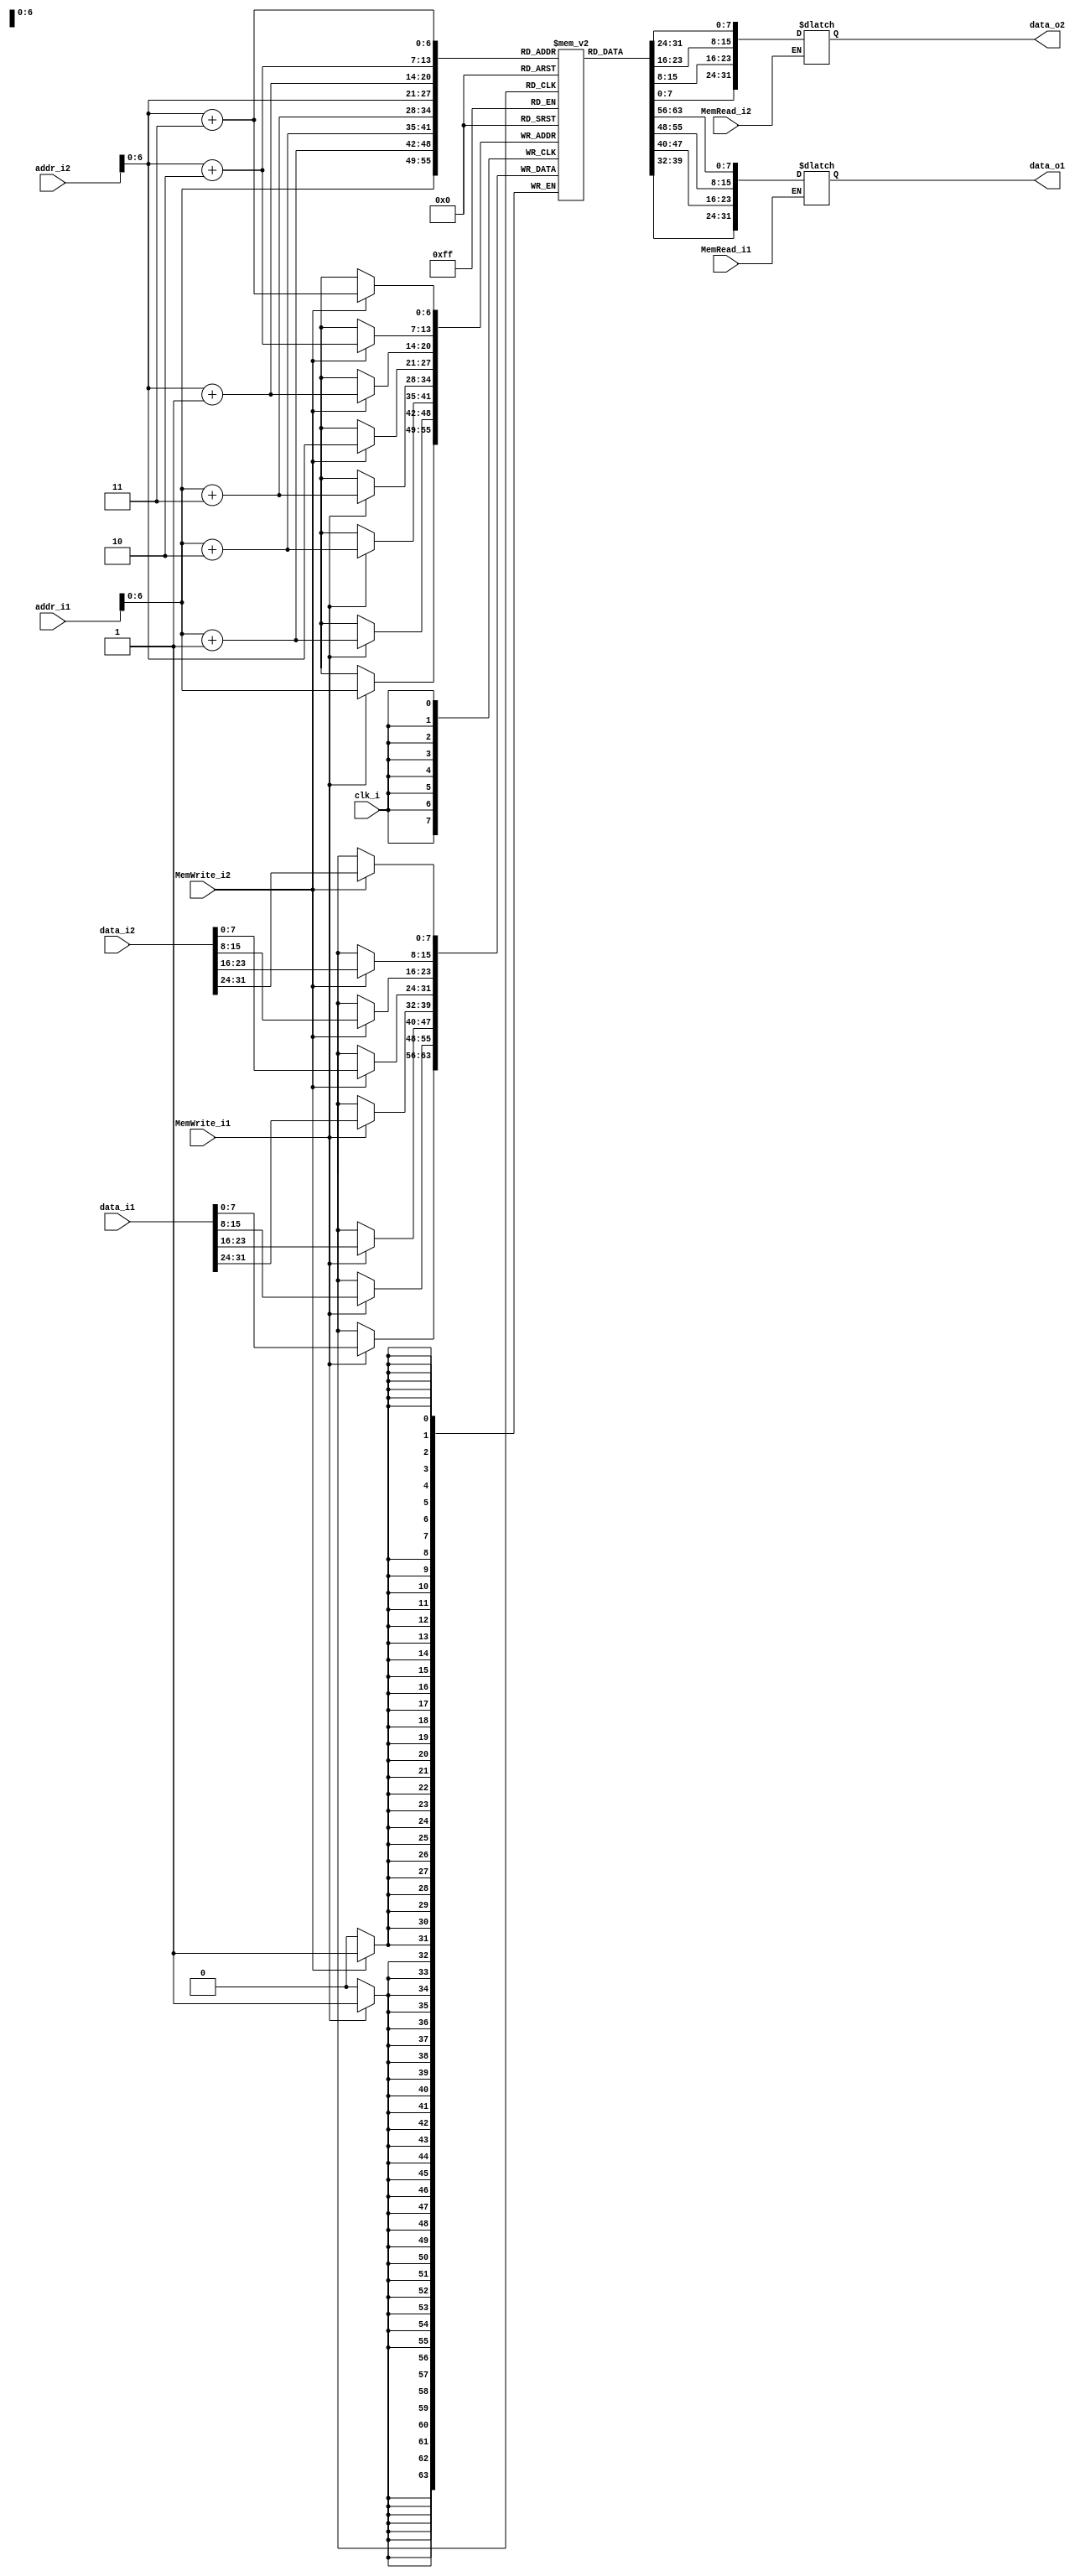
`timescale 1ns / 1ps
//////////////////////////////////////////////////////////////////////////////////
// Company: 
// Engineer: 
// 
// Design Name: 
// Module Name:    Data_Memory 
// Project Name: 
// Target Devices: 
// Tool versions: 
// Description: 
//
// Dependencies: 
//
// Revision: 
// Revision 0.01 - File Created
// Additional Comments: 
//
//////////////////////////////////////////////////////////////////////////////////
module Data_Memory
(
	clk_i,
	addr_i1,
	data_i1,
	MemRead_i1,
	MemWrite_i1,
	data_o1,
	addr_i2,
	data_i2,
	MemRead_i2,
	MemWrite_i2,
	data_o2
);

// Interface
input				clk_i;
input	[31:0]		addr_i1;
input	[31:0]		data_i1;
input				MemRead_i1;
input				MemWrite_i1;
output	[31:0] 		data_o1;
input	[31:0]		addr_i2;
input	[31:0]		data_i2;
input				MemRead_i2;
input				MemWrite_i2;
output	[31:0] 		data_o2;
// Signals
reg		[31:0]		data_o1;
reg		[31:0]		data_o2;
// Memory
reg		[7:0]		Mem 			[0:127];	// address: 0x00~0x80
integer				i;

// For Testbench to debug
wire	[31:0]		memory			[0:31];
assign  memory[0] = {Mem[3], Mem[2], Mem[1], Mem[0]};
assign  memory[1] = {Mem[7], Mem[6], Mem[5], Mem[4]};
assign  memory[2] = {Mem[11], Mem[10], Mem[9], Mem[8]};
assign  memory[3] = {Mem[15], Mem[14], Mem[13], Mem[12]};
assign  memory[4] = {Mem[19], Mem[18], Mem[17], Mem[16]};
assign  memory[5] = {Mem[23], Mem[22], Mem[21], Mem[20]};
assign  memory[6] = {Mem[27], Mem[26], Mem[25], Mem[24]};
assign  memory[7] = {Mem[31], Mem[30], Mem[29], Mem[28]};
assign  memory[8] = {Mem[35], Mem[34], Mem[33], Mem[32]};
assign  memory[9] = {Mem[39], Mem[38], Mem[37], Mem[36]};
assign  memory[10] = {Mem[43], Mem[42], Mem[41], Mem[40]};
assign  memory[11] = {Mem[47], Mem[46], Mem[45], Mem[44]};
assign  memory[12] = {Mem[51], Mem[50], Mem[49], Mem[48]};
assign  memory[13] = {Mem[55], Mem[54], Mem[53], Mem[52]};
assign  memory[14] = {Mem[59], Mem[58], Mem[57], Mem[56]};
assign  memory[15] = {Mem[63], Mem[62], Mem[61], Mem[60]};
assign  memory[16] = {Mem[67], Mem[66], Mem[65], Mem[64]};
assign  memory[17] = {Mem[71], Mem[70], Mem[69], Mem[68]};
assign  memory[18] = {Mem[75], Mem[74], Mem[73], Mem[72]};
assign  memory[19] = {Mem[79], Mem[78], Mem[77], Mem[76]};
assign  memory[20] = {Mem[83], Mem[82], Mem[81], Mem[80]};
assign  memory[21] = {Mem[87], Mem[86], Mem[85], Mem[84]};
assign  memory[22] = {Mem[91], Mem[90], Mem[89], Mem[88]};
assign  memory[23] = {Mem[95], Mem[94], Mem[93], Mem[92]};
assign  memory[24] = {Mem[99], Mem[98], Mem[97], Mem[96]};
assign  memory[25] = {Mem[103], Mem[102], Mem[101], Mem[100]};
assign  memory[26] = {Mem[107], Mem[106], Mem[105], Mem[104]};
assign  memory[27] = {Mem[111], Mem[110], Mem[109], Mem[108]};
assign  memory[28] = {Mem[115], Mem[114], Mem[113], Mem[112]};
assign  memory[29] = {Mem[119], Mem[118], Mem[117], Mem[116]};
assign  memory[30] = {Mem[123], Mem[122], Mem[121], Mem[120]};
assign  memory[31] = {Mem[127], Mem[126], Mem[125], Mem[124]};

initial begin
	for(i=0; i<128; i=i+1)
		Mem[i] = 8'b0;
	/*initial your data memory here*/
	Mem[0] = 8'd1;//mem0
	Mem[4] = 8'd3;//mem1
	Mem[8] = 8'b10011100;//mem2
	Mem[9] = 8'b11111111;
	Mem[10] = 8'b11111111;
	Mem[11] = 8'b11111111;
	Mem[12] = 8'd2;
	Mem[16] = 8'b11111110;
	Mem[17] = 8'b11111111;
	Mem[18] = 8'b11111111;
	Mem[19] = 8'b11111111;
	Mem[20] = 8'd10;
	Mem[24] = 8'd3;
	Mem[28] = 8'd1;
	Mem[32] = 8'd0;
	Mem[36] = 8'd3;
	Mem[40] = 8'd4;
	Mem[44] = 8'b11111110;
	Mem[45] = 8'b11111111;
	Mem[46] = 8'b11111111;
	Mem[47] = 8'b11111111;
	Mem[48] = 8'd5;
	Mem[52] = 8'b11111111;
	Mem[53] = 8'b11111111;
	Mem[54] = 8'b11111111;
	Mem[55] = 8'b11111111;
	Mem[56] = 8'd6;
end 
//cpu1
always@(posedge clk_i) begin
    if(MemWrite_i1) begin
		Mem[addr_i1+3] <= data_i1[31:24];
		Mem[addr_i1+2] <= data_i1[23:16];
		Mem[addr_i1+1] <= data_i1[15:8];
		Mem[addr_i1]   <= data_i1[7:0];
	end
end

always@(addr_i1 or MemRead_i1) begin
	if(MemRead_i1)
		data_o1 = {Mem[addr_i1+3], Mem[addr_i1+2], Mem[addr_i1+1], Mem[addr_i1]};
end
//cpu2
always@(posedge clk_i) begin
    if(MemWrite_i2) begin
		Mem[addr_i2+3] <= data_i2[31:24];
		Mem[addr_i2+2] <= data_i2[23:16];
		Mem[addr_i2+1] <= data_i2[15:8];
		Mem[addr_i2]   <= data_i2[7:0];
	end
end

always@(addr_i2 or MemRead_i2) begin
	if(MemRead_i2)
		data_o2 = {Mem[addr_i2+3], Mem[addr_i2+2], Mem[addr_i2+1], Mem[addr_i2]};
end
endmodule